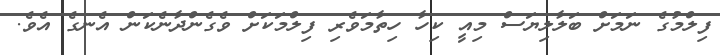
ފިލްމުގެ ނަމަށް ބަލާލިޔަސް މިއީ ކިހާ ހިތާމަވެރި ފިލްމަކަށް ވެގެންދާނެކަން އެނގެ އެވެ.